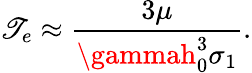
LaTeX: \mathscr{T}_{e}\approx\frac{{3\mu}}{{\gammah_{0}^{3}\sigma_{1}}}.